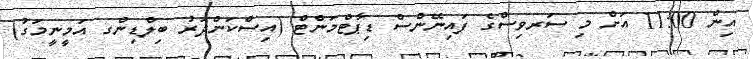
އިން 11:00 އަށް މި ސަރވިސްގެ ފައިނޭންސް ޑިޕާޓްމަންޓް (އިސްކަންދަރު ބިލްޑިންގ އަމީނީމަގު)